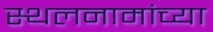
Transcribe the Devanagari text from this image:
स्थलनामांच्या